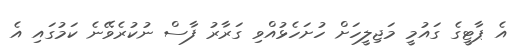
އެ ޕާޓީގެ ގައުމީ މަޖިލީހަށް ހުށަހެޅުއްވި ގަރާރު ފާސް ނުކުރެވޭނެ ކަމުގައި އެ